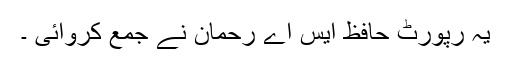
یہ رپورٹ حافظ ایس اے رحمان نے جمع کروائی ۔